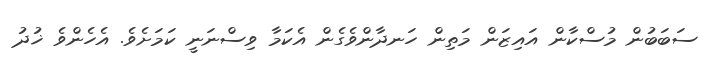
ސަބަބުން މުސްކާން އައިޒަން މަތިން ހަނދާންވެގެން އެކަމާ ވިސްނަނީ ކަމަށެވެ. އެހެންވެ ޚުދު